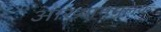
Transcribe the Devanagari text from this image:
आख्यानमूलक